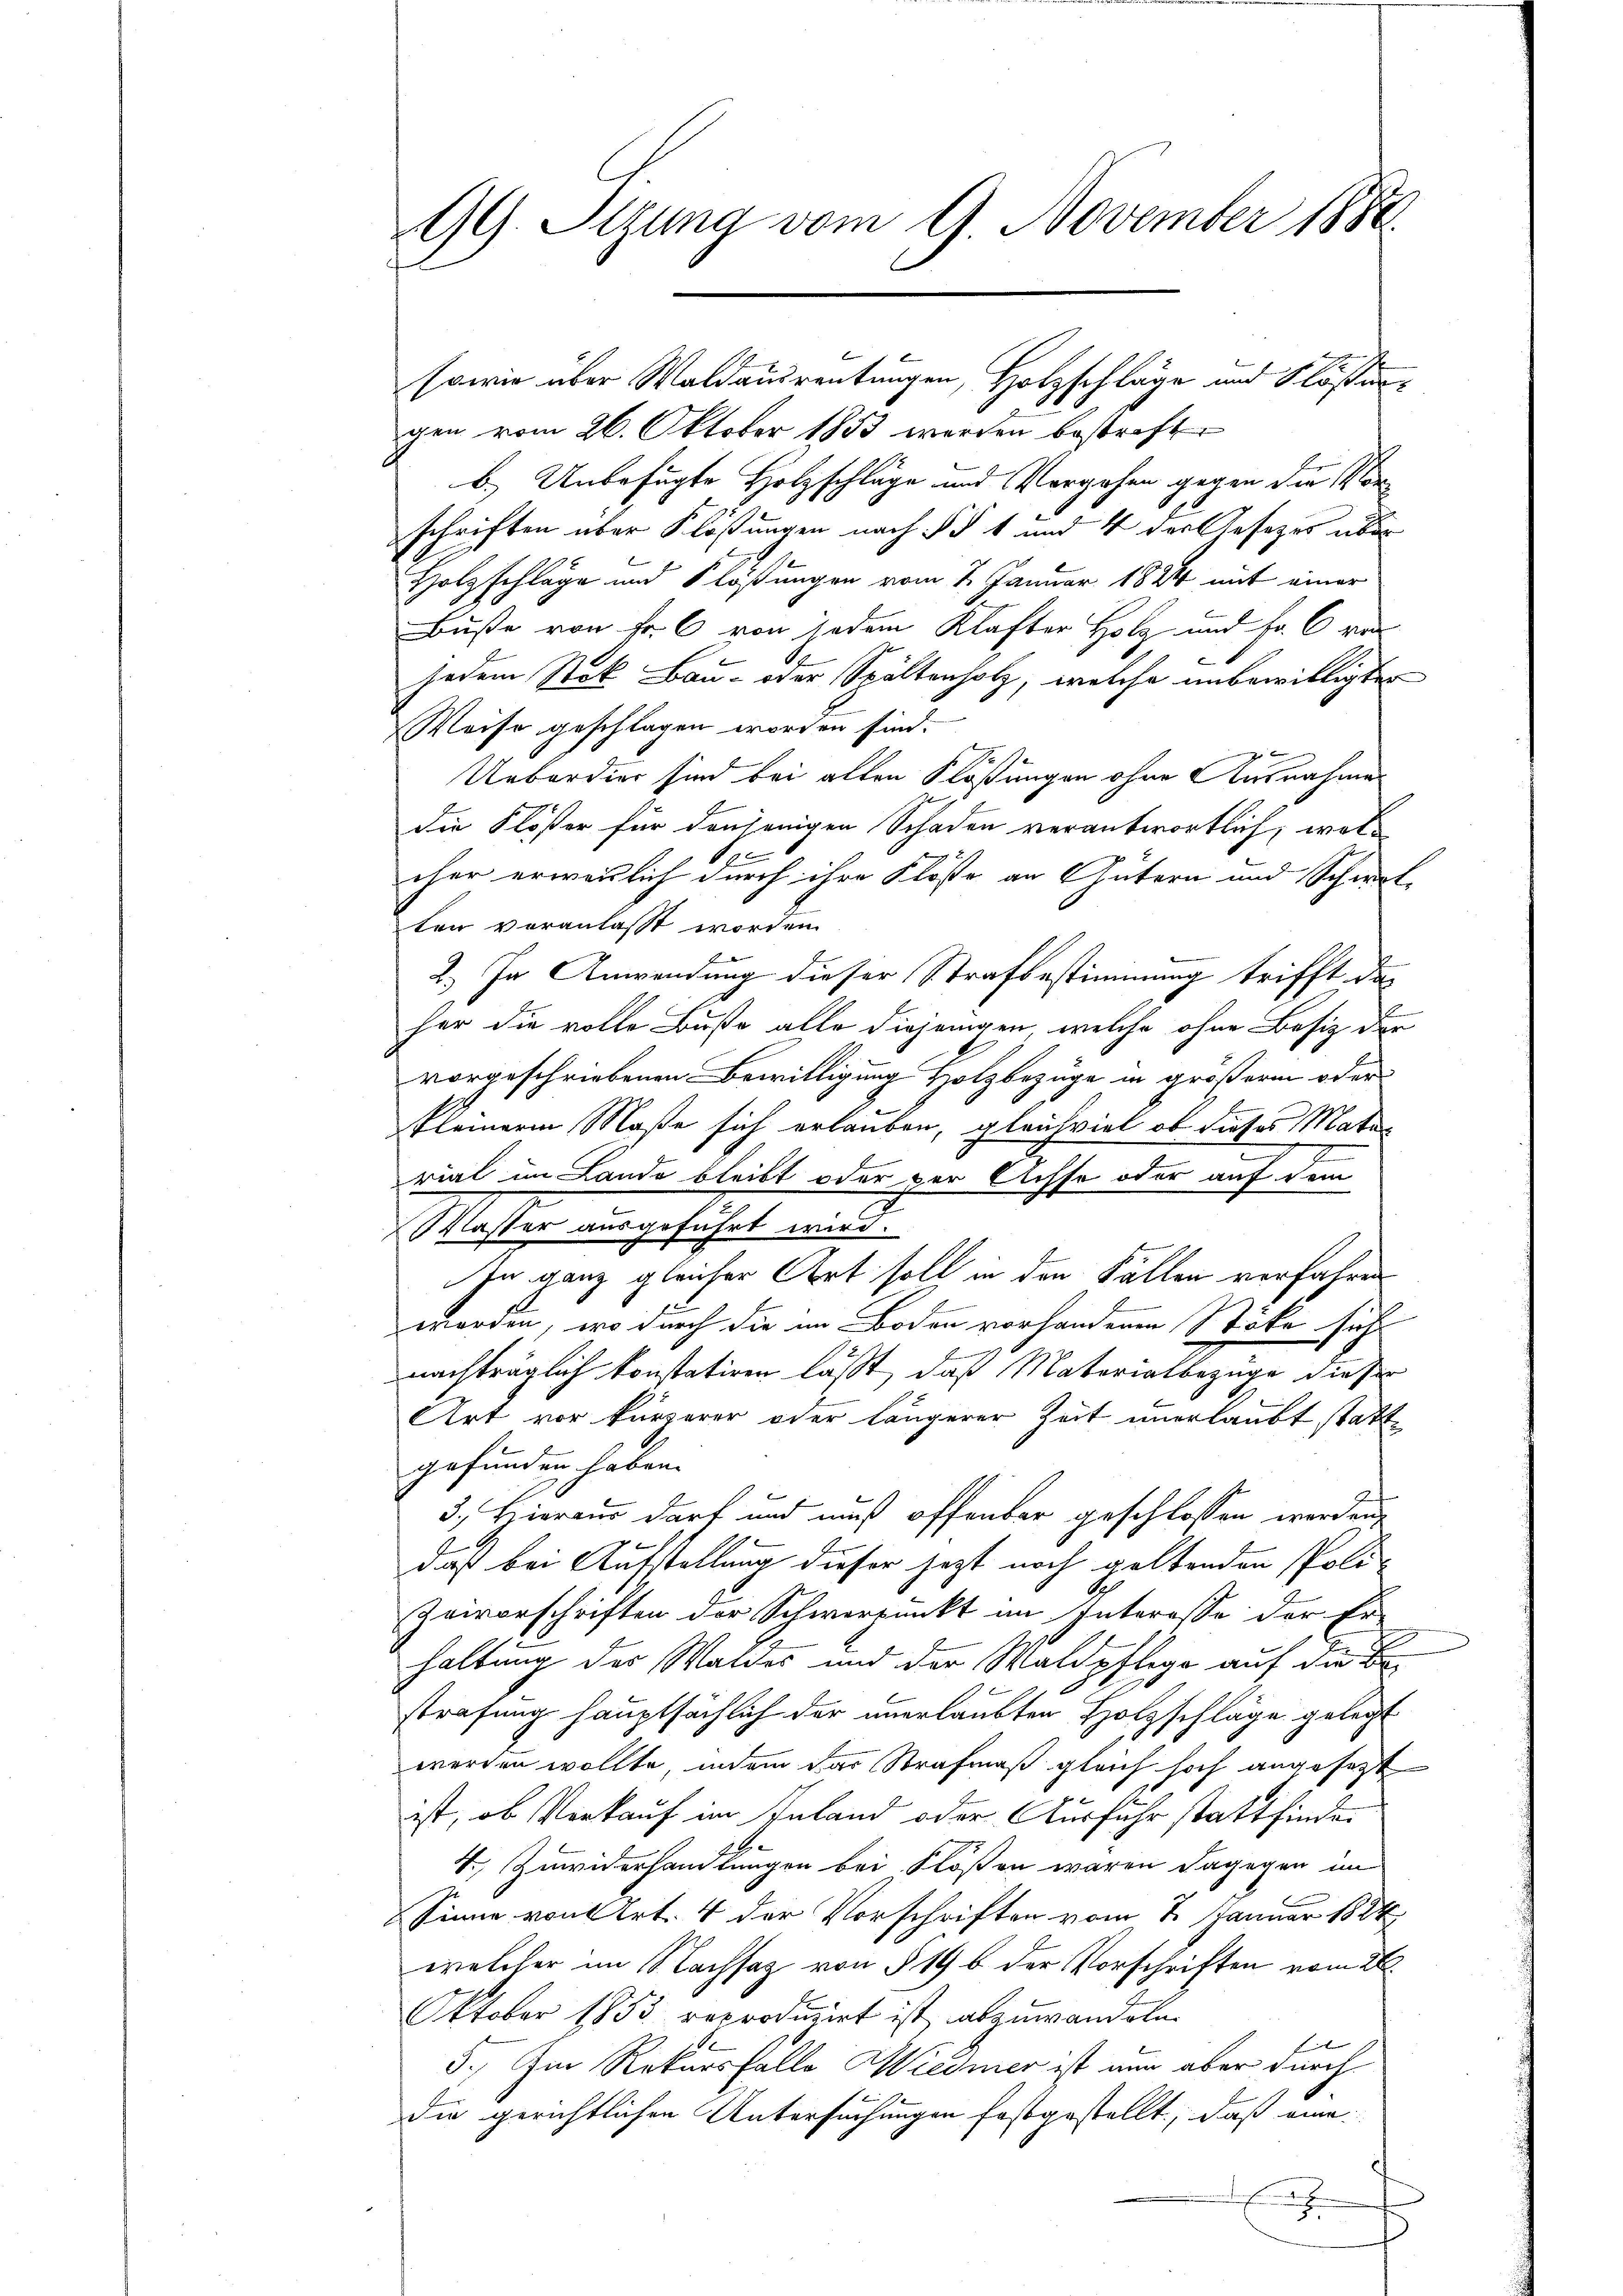
99. Stzung vom 9. November 1884.

gen vom 26. Oktober 1853 werden bestrafter
b.) Unbefugte Holzschläge und Vorgehen gegen die Vorschriften über Klösungen nach § § 1 und 4 der Gesetzes über
Holzschläge und Klösungen vom 1. Januar 1884 mit einer
Buße von Fr. 6 von jedem Klafter Holz und Fr. 6 ras
jedem Stok Bau- oder Spaltenholz, welche unbewilligten
Weise geschlagen worden sind.
Ueberdier sind bei alten Klösungen ohne Ausnahme
die Klöster für denjenigen Schaden verantwortlich, wel¬
1
cher erweislich durch ihre Klöste an Gütern und Schmit-
ten voranlaßt worden.
2.) In Anwendung dieser Strafbestimmung trifft das
her die volle Buße alle diejenigen, welche ohne Besiz der
vorgeschriebenen Bewilligung Holzbezüge in größerm oder
kleinere Maße sich erlauben, gleichviel ob dieses Material im Lande bleibt oder der Achse oder auf dem
Masie eingesehet wird.
In ganz gleicher Art soll in den Fällen verfahren
worden, wo durch die im Boden vorhandenen Stöke sich
nachträglich konstatiren läßt, daß Materialbezuge dieser
Art vor kürzerer oder längerer Zeit unerlaubt stattgefunden haben.
3. Hieraus darf und muß offenbar geschlossen werden.
daß bei Aufstellung dieser jezt noch geltenden Poli-
Zeivorschriften der Schwerpunkt im Interesse der Er-
haltung des Waldes und der Waldpflege auf die Bestrafung hauptsächlich der unerlaubten Holzschläge gelegt
werden wollte, indem das Strafmaß gleich hoch angesetzt
ist, ob Verkauf im Inland oder Ausfuhr stattfinde.
4. Zuwiderhandlungen bei Flößen waren dagegen im
Sinne von Art. 4 der Vorschriften vom 7. Januar 1884
welcher im Nachsatz von § 19 b der Vorschriften vom 26.
Oktober 1853 reproduzirt ist abzuwandeln.
Firten |
5. Im Rekursfalle Wiedmer ist nur aber durch
die gerichtlichen Untersuchungen festgestellt, daß eine
.

sowie über Waldausreutungen, Holzschläge und Flößen¬